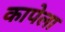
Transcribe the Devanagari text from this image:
कापेला